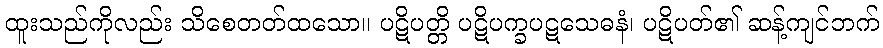
ထူးသည်ကိုလည်း သိစေတတ်ထသော။ ပဋိပတ္တိ ပဋိပက္ခပဋသေဓနံ၊ ပဋိပတ်၏ ဆန့်ကျင်ဘက်